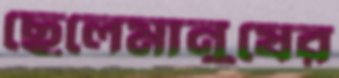
ছেলেমানুষের